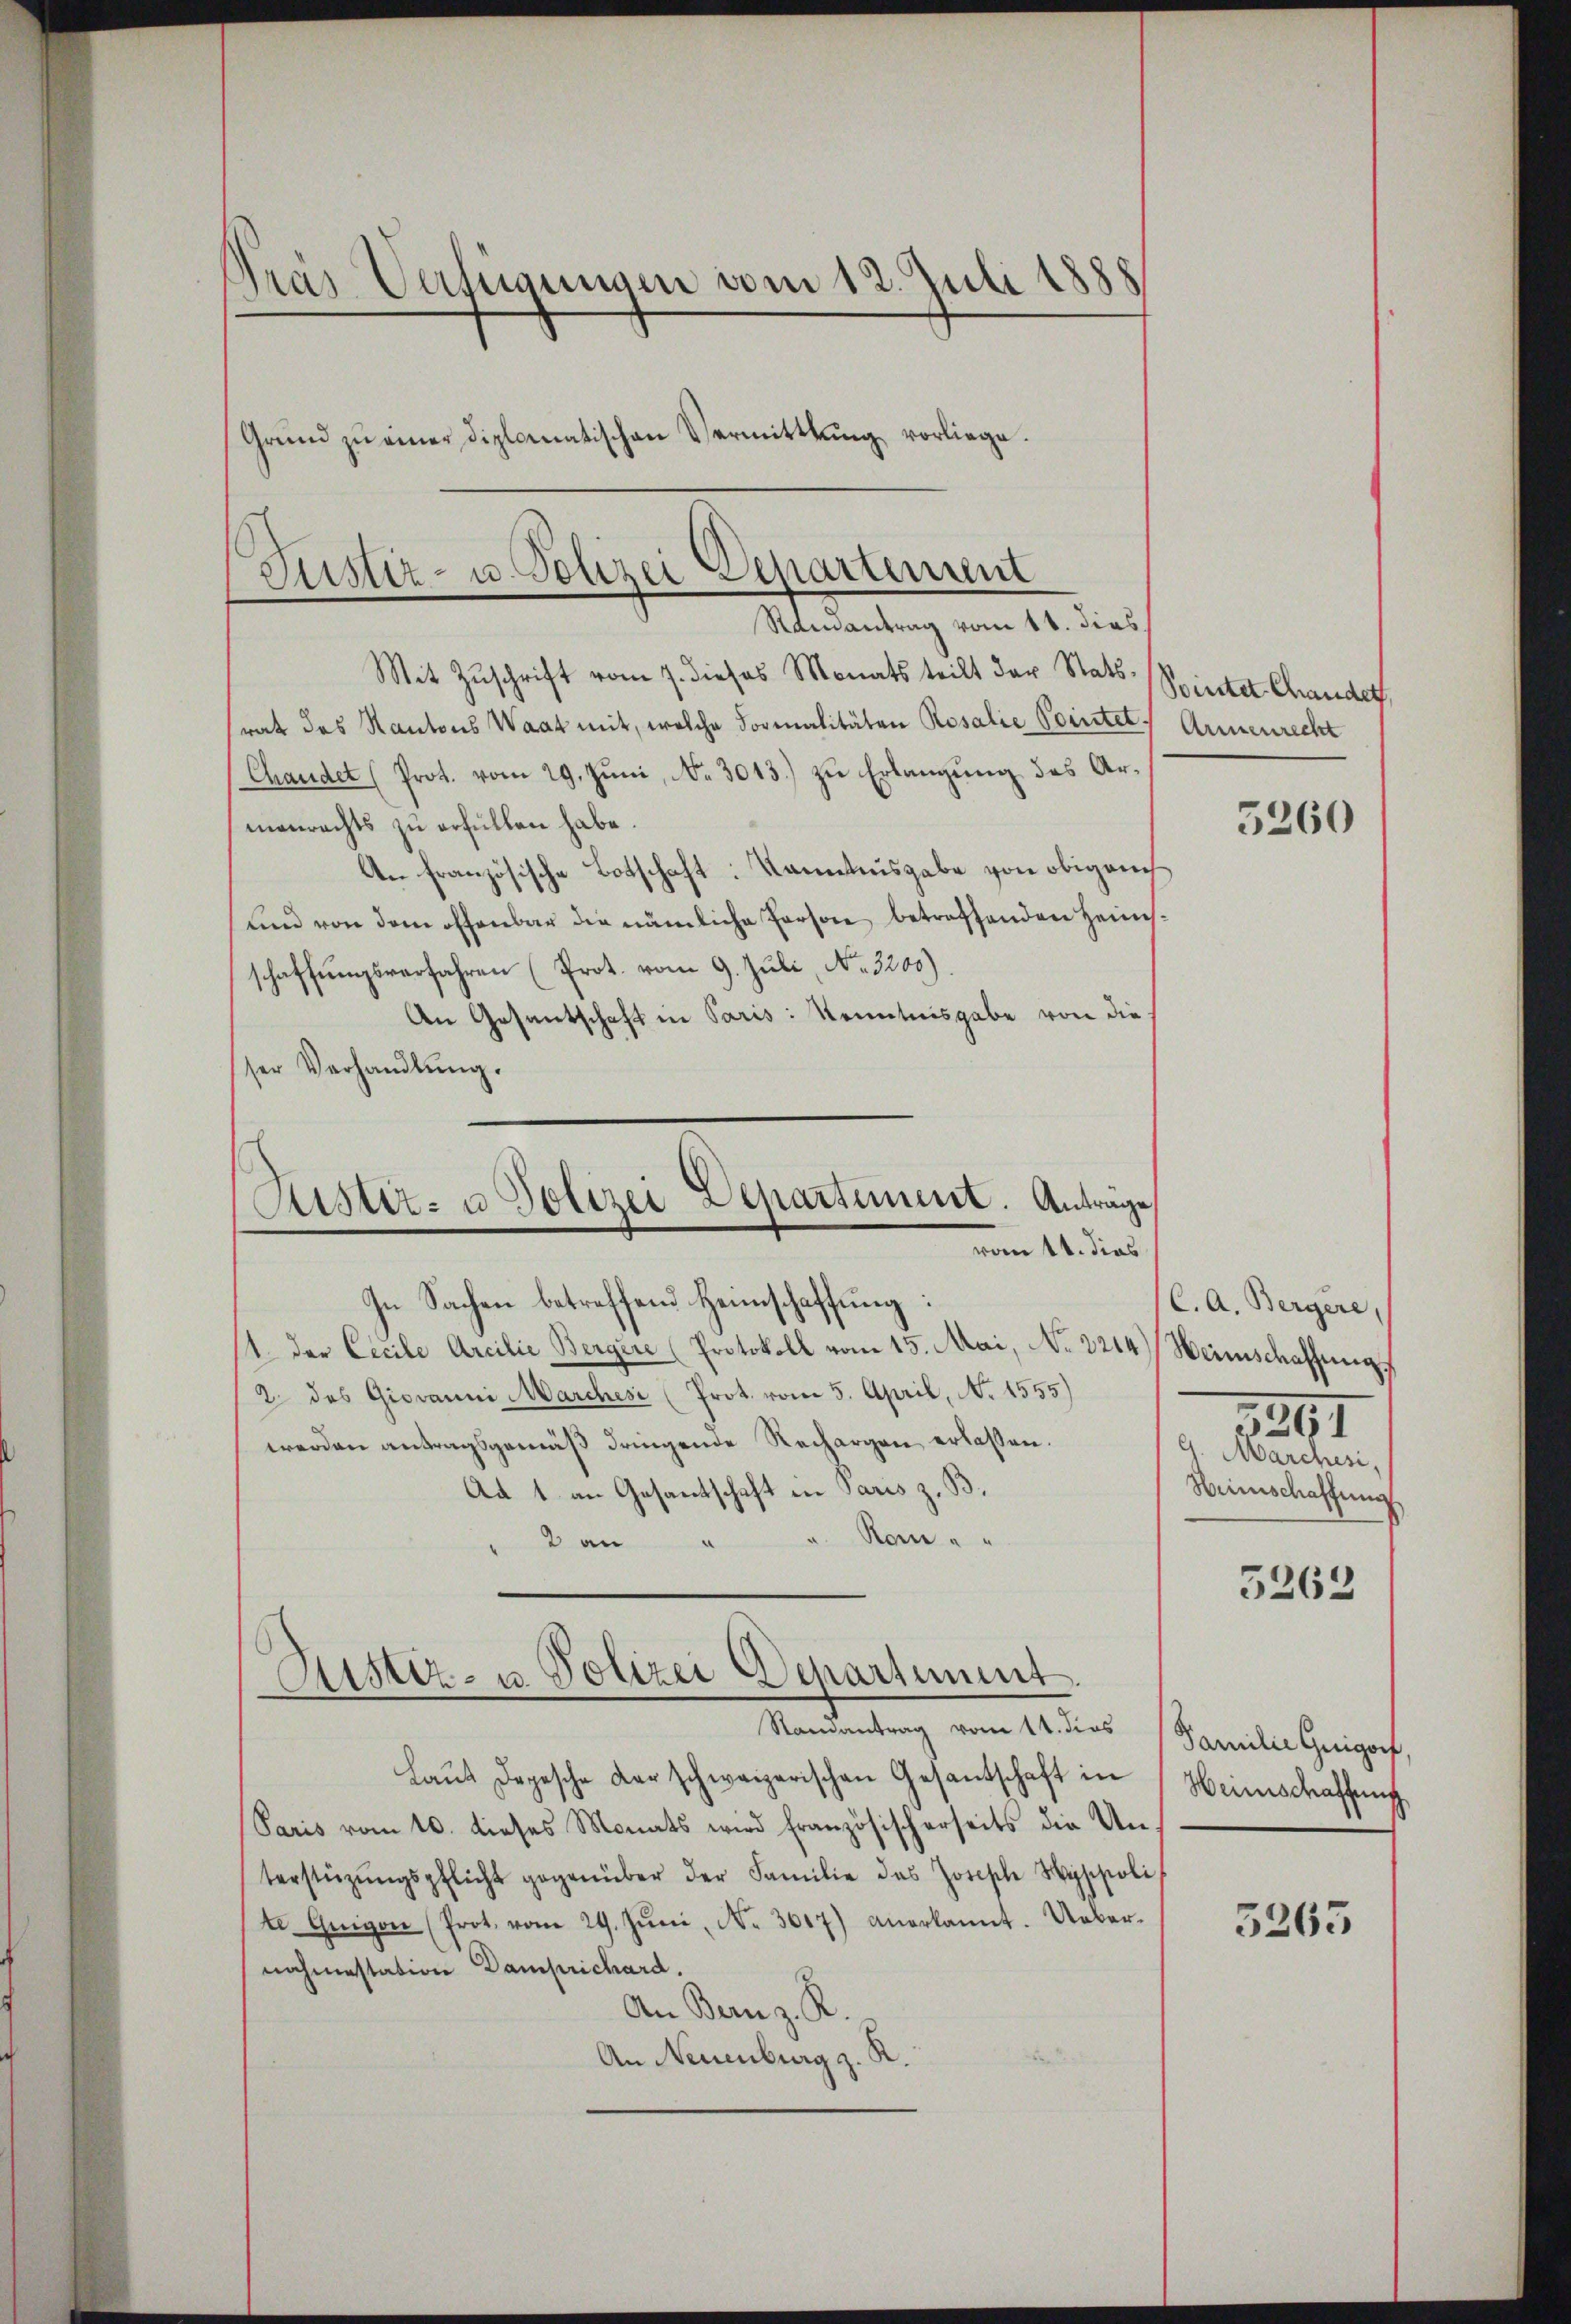
Mit Zŭschrift vom 7. dieses Monats teilt der Stat.
rat das Kantons Waat mit, welche Formalitäten Rosalie Pointer Armenrecht
Chandet (Prot. vom 29. Juni, No 3013.) zu Erlangung des Armenrechts zu erfüllen habe.
An französische Botschaft: Kenntnisgabe von obigen
und von dem offenbar die nämliche Person betreffenden Heimsschaffungsverfahren (Prot. vom 9. Juli, No. 3200).
An Gesantschaft in Paris: Kenntnisgabe von dieser Verhandlŭng.

Pras Verfügungen vom 12. Juli 1888
Grŭnd zŭ einer diplomatischen Vermittlung, vorliege.

Justiz- u. Polizei Departement
Rainantrag vom 11. dies

In Sachen betreffend Heimschaffung:
11. der Cicile Arcilie Bergere (Protokoll vom 15. Mai, No. 2214) Heimschaffung,
2 das Giovanni Marchesi (Prot. vom 5. April, No 1555)
werden antragsgemäß dringende Rechargen erlassen.
Ad 1. an Gesandtschaft in Paris z. B.
Rom " "
2 an
Randantrag vom 14. dies
Laŭt Depesche der schweizerischen Gesandschaft in
Paris vom 10. dieses Monats wird französischerseits die Unterstützŭngspflicht gegenüber der Familie des Josische Hyspoli
te Guigon (Prot. vom 29. Jŭni, No. 3617) anerkannt. Ueber-
nahmestation Damprichard.
An Bern z. R.
An Neuenburg z. R.

Rustiz- u. Polizei Departement. Anträge,
vom 14. dies

Aistiz- u. Polizei Departiment.

Pointer Chander

5260

C. A. Bergere,
G. Marchesi,
Heimschaffung
5263

1261

Familie Guigorf
Heinschaffung

3265